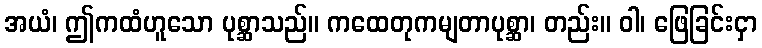
အယံ၊ ဤကထံဟူသော ပုစ္ဆာသည်။ ကထေတုကမျတာပုစ္ဆာ၊ တည်း။ ဝါ၊ ဖြေခြင်းငှာ